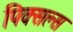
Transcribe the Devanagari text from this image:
पिक्सल्स